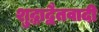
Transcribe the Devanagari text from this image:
शुद्धाद्वैतवादी